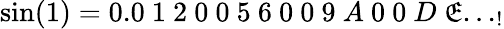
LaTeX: \sin(1)=0.0\ 1\ 2\ 0\ 0\ 5\ 6\ 0\ 0\ 9\ A\ 0\ 0\ D\ \mathfrak{E}..._{!}